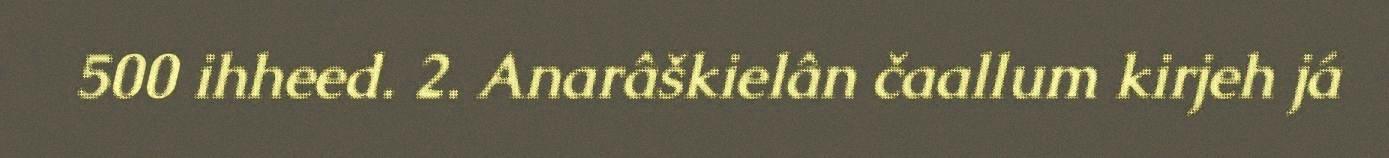
500 ihheed. 2. Anarâškielân čaallum kirjeh já